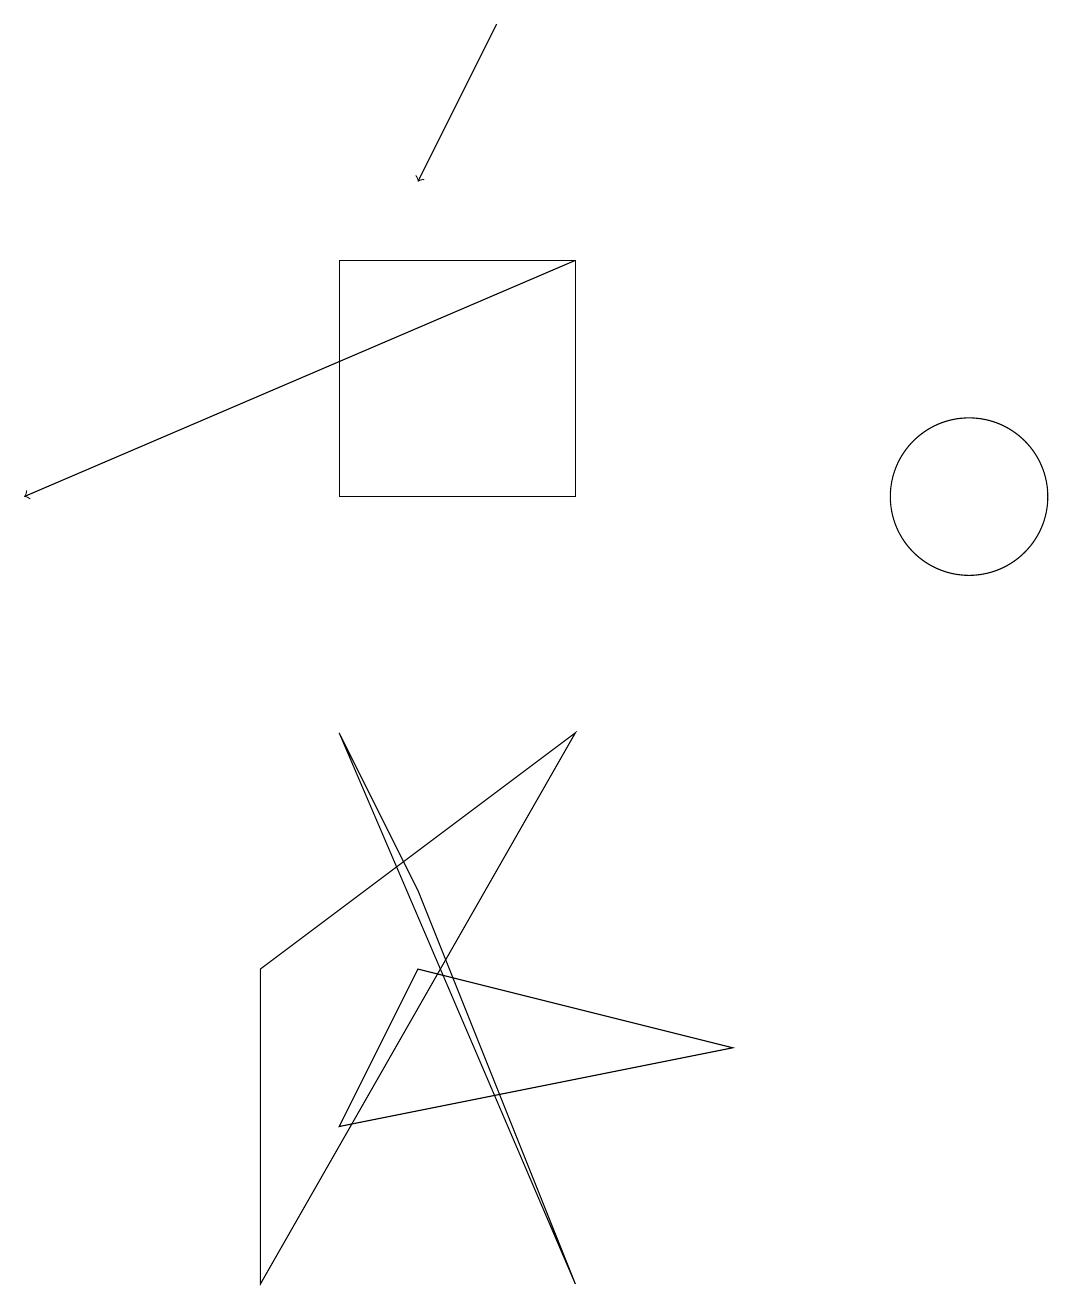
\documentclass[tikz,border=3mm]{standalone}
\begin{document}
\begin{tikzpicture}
\draw (12,10) circle (1);
\draw (7,7) -- (3,0) -- (3,4) -- cycle;
\draw (4,7) -- (7,0) -- (5,5) -- cycle;
\draw (4,2) -- (9,3) -- (5,4) -- cycle;
\draw[->] (7,13) -- (0,10);
\draw[->] (6,16) -- (5,14);
\draw (7,13) rectangle (4,10);
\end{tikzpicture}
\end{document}